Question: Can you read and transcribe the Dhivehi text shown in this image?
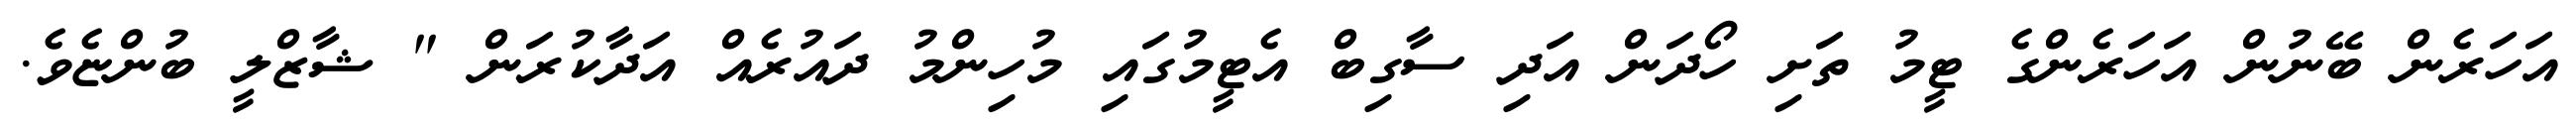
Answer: އަހަރެން ބޭނުން އަހަރެންގެ ޓީމު ތަށި ހޯދަން އަދި ސާގިބް އެޓީމުގައި މުހިންމު ދައުރެއް އަދާކުރަން " ޝާޒްލީ ބުންޏެވެ.